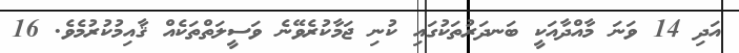
އަދި 14 ވަނަ މާއްދާއަކީ ބަނދަރުތަކުގައި ކުނި ޖަމާކުރެވޭނެ ވަސީލަތްތަކެއް ޤާއިމުކުރުމެވެ. 16